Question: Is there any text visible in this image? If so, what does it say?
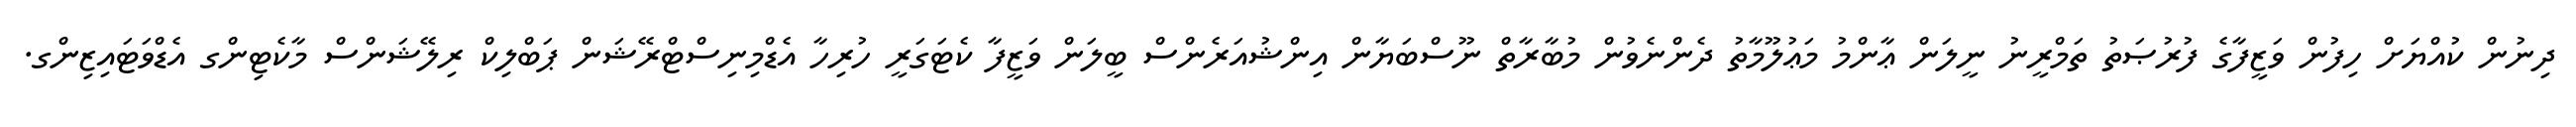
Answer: ދިނުން ކުއްޔަށް ހިފުން ވަޒީފާގެ ފުރުޞަތު ތަމްރީނު ނީލަން ޢާންމު މަޢުލޫމާތު ދެންނެވުން މުބާރާތް ނޫސްބަޔާން އިންޝުއަރެންސް ބީލަން ވަޒީފާ ކެޓަގަރީ ހުރިހާ އެޑްމިނިސްޓްރޭޝަން ޕަބްލިކް ރިލޭޝަންސް މާކެޓިންގ އެޑްވަޓައިޒިންގ.